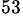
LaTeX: ^{53}